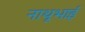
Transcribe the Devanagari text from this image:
नाथूभाई